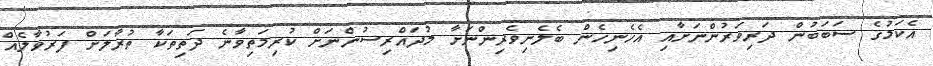
އެކަމުގެ ސަބަބުން ދަރިވަރުންނަށާއި އެހެނިހެން ބެލެނިވެރިންނަށާ މުދައްރިސުންނަށް ކުރިމަތިވާނެ ދަތިތަކާ ތުރާލަށް ފަރުވާލެއް